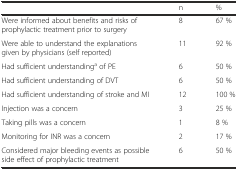
<table><thead><tr><td></td><td><b>n</b></td><td><b>%</b></td></tr></thead><tbody><tr><td>Were informed about benefits and risks of prophylactic treatment prior to surgery</td><td>8</td><td>67 %</td></tr><tr><td>Were able to understand the explanations given by physicians (self reported)</td><td>11</td><td>92 %</td></tr><tr><td>Had sufficient understanding<sup>a</sup> of PE</td><td>6</td><td>50 %</td></tr><tr><td>Had sufficient understanding of DVT</td><td>6</td><td>50 %</td></tr><tr><td>Had sufficient understanding of stroke and MI</td><td>12</td><td>100 %</td></tr><tr><td>Injection was a concern</td><td>3</td><td>25 %</td></tr><tr><td>Taking pills was a concern</td><td>1</td><td>8 %</td></tr><tr><td>Monitoring for INR was a concern</td><td>2</td><td>17 %</td></tr><tr><td>Considered major bleeding events as possible side effect of prophylactic treatment</td><td>6</td><td>50 %</td></tr></tbody></table>